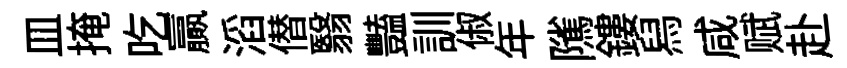
皿掩吃贏滔僣翳豔訓俶年隲鏤舄咸赋赴